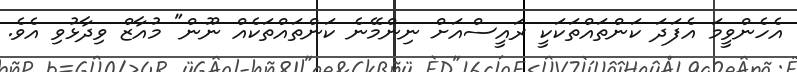
އެހެންވީމަ އެފަދަ ކަންތައްތަކަކީ ރައީސްއަށް ނިންމޭނެ ކަންތައްތަކެއް ނޫން" މުއާޒް ވިދާޅުވި އެވެ.